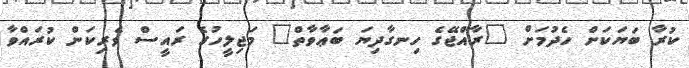
ކުރާ ބަޔަކަށް ހެދުމަށް "ރާއްޖޭގެ ހިނގާދިޔަ ބަޢާވާތް" މަޖިލީހުގެ ރައީސް ވެރިކަން ކުރައްވާ